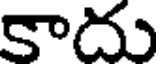
కాదు